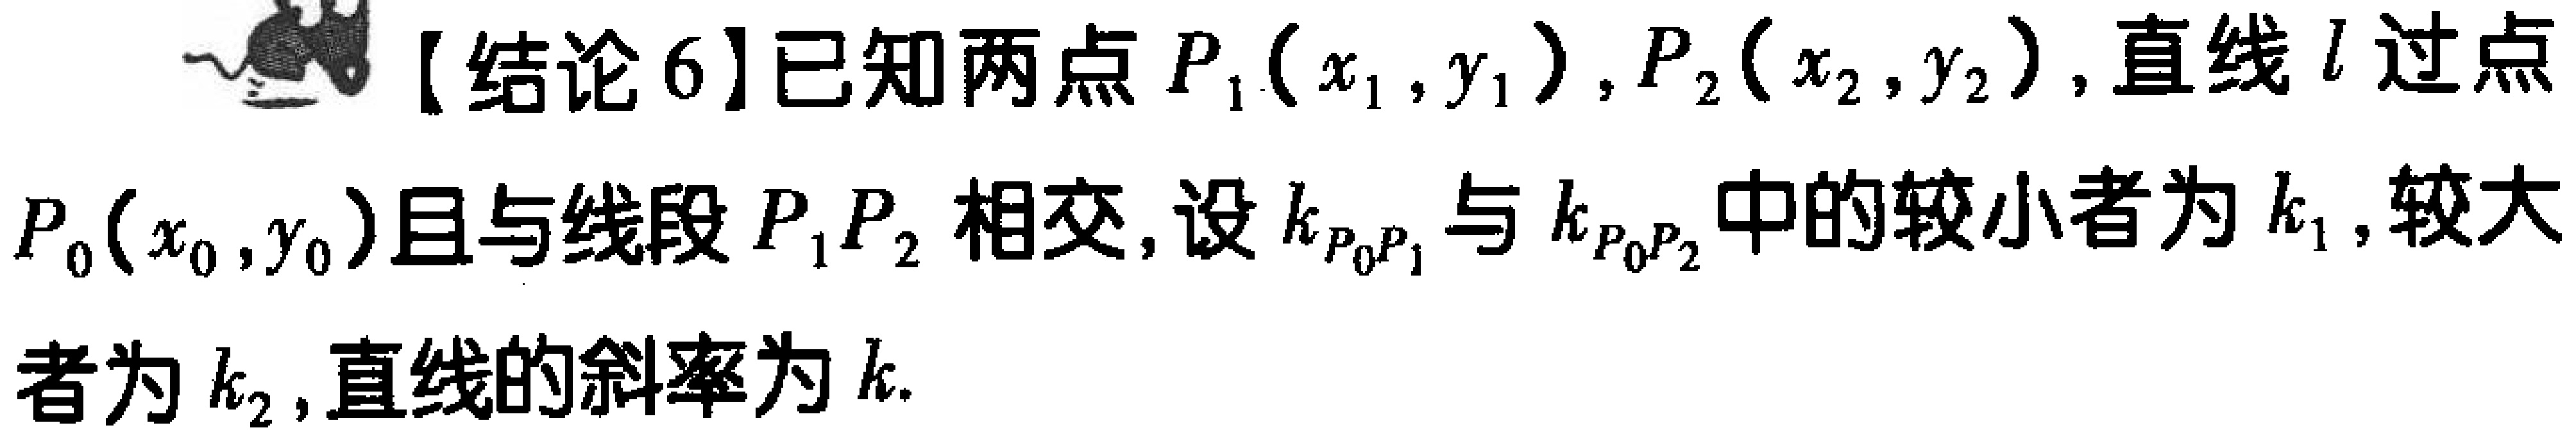
【结论6】已知两点\(P_1(x_1,y_1)\)，\(P_2(x_2,y_2)\)，直线\(l\)过点\(P_0(x_0,y_0)\)且与线段\(P_1P_2\)相交，设\(k_{P_0P_1}\)与\(k_{P_0P_2}\)中的较小者为\(k_1\)，较大者为\(k_2\)，直线的斜率为\(k\).